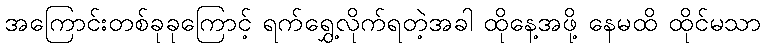
အကြောင်းတစ်ခုခုကြောင့် ရက်ရွှေ့လိုက်ရတဲ့အခါ ထိုနေ့အဖို့ နေမထိ ထိုင်မသာ